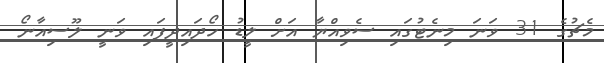
މެޗުގެ 31 ވަނަ މިނެޓުގައި ސެވިއްޔާ އަށް ލީޑު ހޯދައިދީފައި ވަނީ ލޫސިއާނޯ